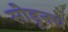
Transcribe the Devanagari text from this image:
सोडूनच